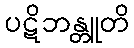
ပဋိဘန္တူတိ